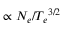
\propto N _ { e } / { T _ { e } } ^ { 3 / 2 }